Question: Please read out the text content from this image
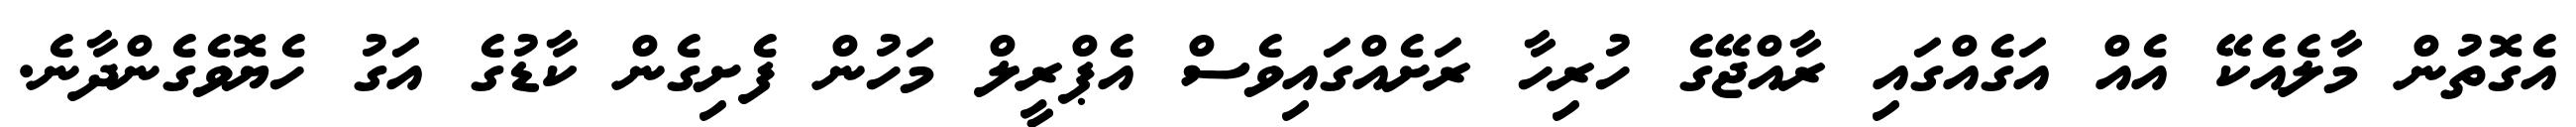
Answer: އެގޮތުން މާލެއެކޭ އެއް އަގެއްގައި ރާއްޖޭގެ ހުރިހާ ރަށެއްގައިވެސް އެޕްރީލް މަހުން ފެށިގެން ކާޑުގެ އަގު ހެޔޮވެގެންދާނެ.